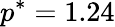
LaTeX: p^{*}=1.24